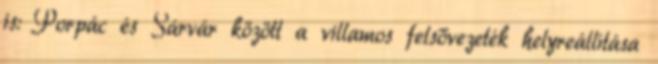
is: Porpác és Sárvár között a villamos felsővezeték helyreállítása